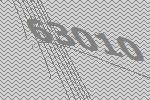
63010